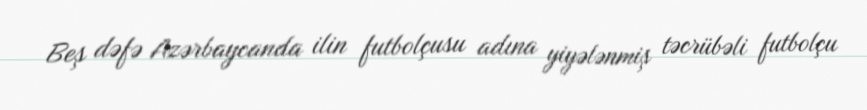
Beş dəfə Azərbaycanda ilin futbolçusu adına yiyələnmiş təcrübəli futbolçu